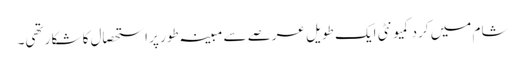
شام میں کرد کمیونٹی ایک طویل عرصے سے مبینہ طور پر استحصال کا شکار تھی۔